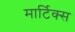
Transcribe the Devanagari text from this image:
मार्टिक्स